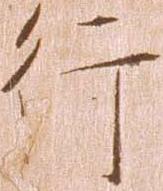
行